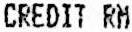
CREDIT RM